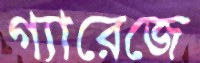
গ্যারেজে